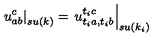
\left. u _ { a b } ^ { c } \right| _ { s u ( k ) } = \left. u _ { t _ { i } a , t _ { i } b } ^ { t _ { i } c } \right| _ { s u ( k _ { i } ) }